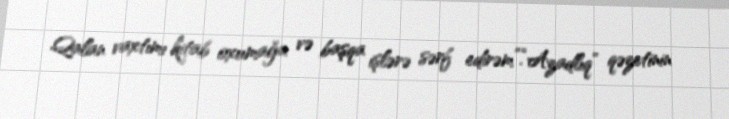
Qalan vaxtımı kitab oxumağa və başqa işlərə sərf edirəm”.“Azadlıq” qəzetinin